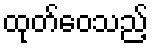
ထုတ်ဝေသည့်